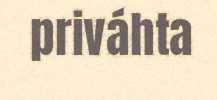
priváhta